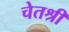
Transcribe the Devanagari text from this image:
चेतश्री